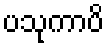
ပသုကာပိ